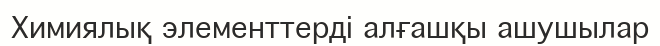
Химиялық элементтерді алғашқы ашушылар